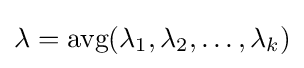
\lambda ={\text{avg}}(\lambda _{1},\lambda _{2},\dots ,\lambda _{k})